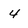
Character: 4